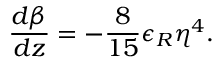
\frac { d \beta } { d z } = - \frac { 8 } { 1 5 } \epsilon _ { R } \eta ^ { 4 } .